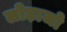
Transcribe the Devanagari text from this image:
लोढ़ाजो